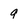
Character: 9